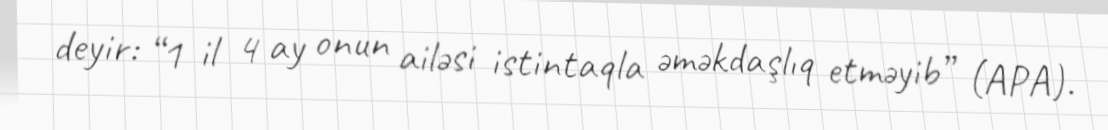
deyir: “1 il 4 ay onun ailəsi istintaqla əməkdaşlıq etməyib” (APA).